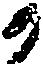
か